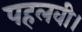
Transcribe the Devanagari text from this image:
पहलवी।